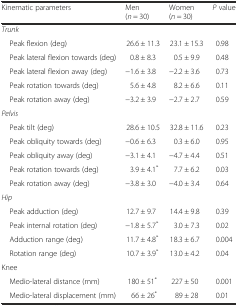
<table><thead><tr><td><b>Kinematic parameters</b></td><td><b>Men (<i>n</i> = 30)</b></td><td><b>Women (<i>n</i> = 30)</b></td><td><b><i>P</i> value</b></td></tr></thead><tbody><tr><td colspan="4"><i>Trunk</i></td></tr><tr><td> Peak flexion (deg)</td><td>26.6 ± 11.3</td><td>23.1 ± 15.3</td><td>0.98</td></tr><tr><td> Peak lateral flexion towards (deg)</td><td>0.8 ± 8.3</td><td>0.5 ± 9.9</td><td>0.48</td></tr><tr><td> Peak lateral flexion away (deg)</td><td>−1.6 ± 3.8</td><td>−2.2 ± 3.6</td><td>0.73</td></tr><tr><td> Peak rotation towards (deg)</td><td>5.6 ± 4.8</td><td>8.2 ± 6.6</td><td>0.11</td></tr><tr><td> Peak rotation away (deg)</td><td>−3.2 ± 3.9</td><td>−2.7 ± 2.7</td><td>0.59</td></tr><tr><td colspan="4"><i>Pelvis</i></td></tr><tr><td> Peak tilt (deg)</td><td>28.6 ± 10.5</td><td>32.8 ± 11.6</td><td>0.23</td></tr><tr><td> Peak obliquity towards (deg)</td><td>−0.6 ± 6.3</td><td>0.3 ± 6.0</td><td>0.95</td></tr><tr><td> Peak obliquity away (deg)</td><td>−3.1 ± 4.1</td><td>−4.7 ± 4.4</td><td>0.51</td></tr><tr><td> Peak rotation towards (deg)</td><td>3.9 ± 4.1<sup>*</sup></td><td>7.7 ± 6.2</td><td>0.03</td></tr><tr><td> Peak rotation away (deg)</td><td>−3.8 ± 3.0</td><td>−4.0 ± 3.4</td><td>0.64</td></tr><tr><td colspan="4"><i>Hip</i></td></tr><tr><td> Peak adduction (deg)</td><td>12.7 ± 9.7</td><td>14.4 ± 9.8</td><td>0.39</td></tr><tr><td> Peak internal rotation (deg)</td><td>−1.8 ± 5.7<sup>*</sup></td><td>3.0 ± 7.3</td><td>0.02</td></tr><tr><td> Adduction range (deg)</td><td>11.7 ± 4.8<sup>*</sup></td><td>18.3 ± 6.7</td><td>0.004</td></tr><tr><td> Rotation range (deg)</td><td>10.7 ± 3.9<sup>*</sup></td><td>13.0 ± 4.2</td><td>0.04</td></tr><tr><td colspan="4">Knee</td></tr><tr><td> Medio-lateral distance (mm)</td><td>180 ± 51<sup>*</sup></td><td>227 ± 50</td><td>0.001</td></tr><tr><td> Medio-lateral displacement (mm)</td><td>66 ± 26<sup>*</sup></td><td>89 ± 28</td><td>0.01</td></tr></tbody></table>